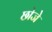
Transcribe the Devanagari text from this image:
छोजे